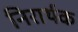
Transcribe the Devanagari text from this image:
निरार्थक